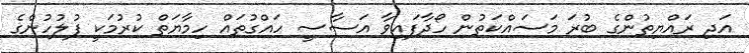
އަދި ރައްޔިތުންގެ ބުރަ މަސައްކަތުން ހޯދާފައިވާ އަސާސީ ހައްގުތައް ހިމާޔަތް ކުރުމަކީ ފުލުހުންގެ